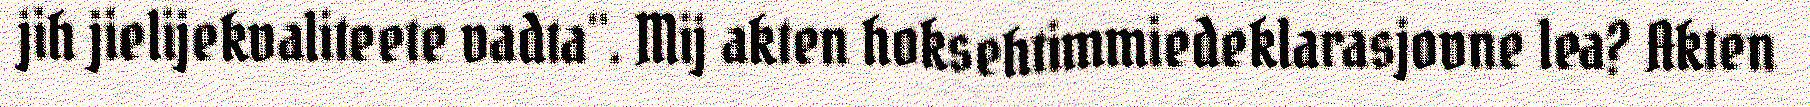
jih jielijekvaliteete vadta". Mij akten hoksehtimmiedeklarasjovne lea? Akten